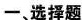
一、选择题